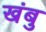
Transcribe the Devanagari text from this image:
खंबु